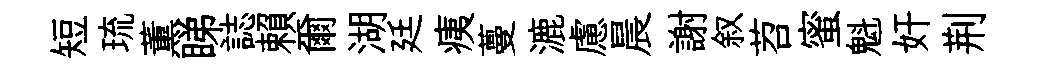
短琉薫睇誌賴爾湖廷痍蔓漉慮晨謝叙苕蜜魁奸荆